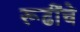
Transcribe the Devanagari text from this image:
रूढींचे